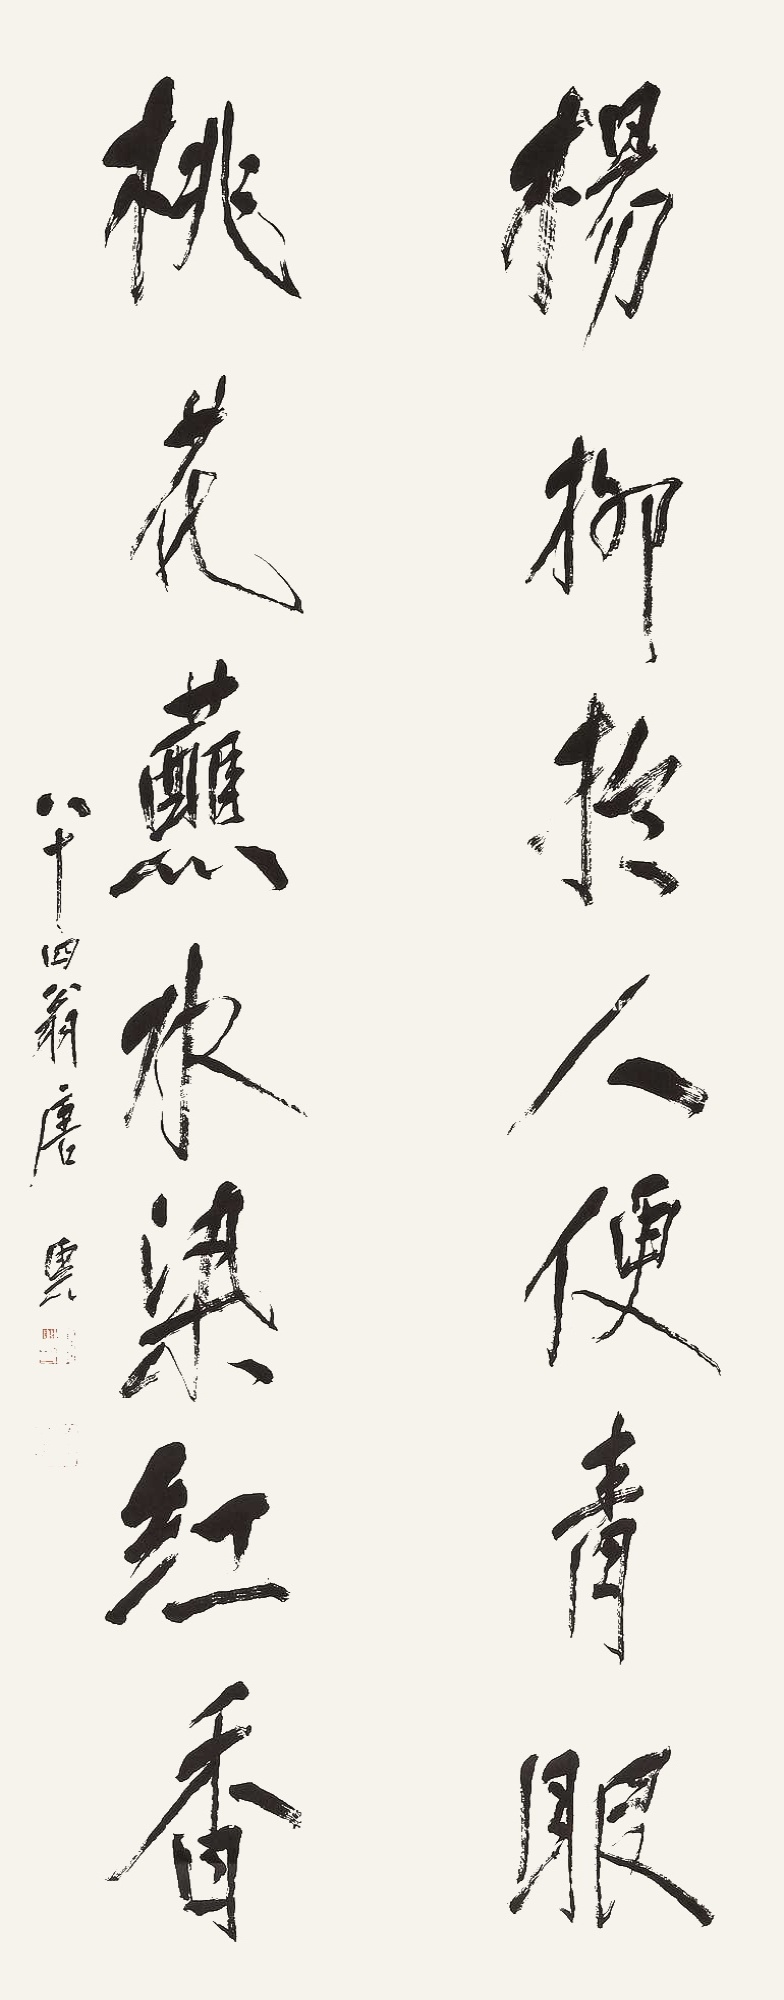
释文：杨柳于人便青眼，桃花蘸水染红香。八十四翁，唐云。